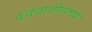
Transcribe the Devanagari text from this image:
पंचेचाळीसच्या